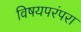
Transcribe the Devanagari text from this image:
विषयपरंपरा